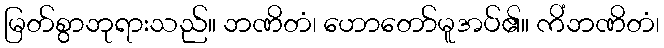
မြတ်စွာဘုရားသည်။ ဘဏိတံ၊ ဟောတော်မူအပ်၏။ ကိံဘဏိတံ၊